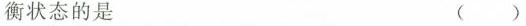
衡状态的是 ( )